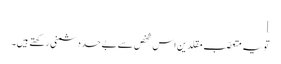
]
تویہ متعصّب مقلدین اس شخص سے بے حد دشمنی رکھتے ہیں۔